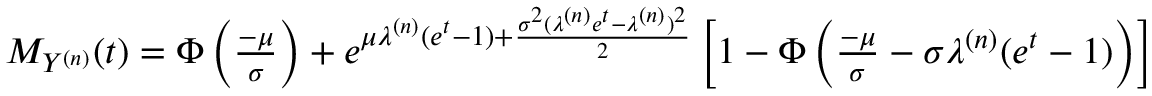
\begin{array} { r } { M _ { Y ^ { ( n ) } } ( t ) = \Phi \left( \frac { - \mu } { \sigma } \right) + e ^ { \mu \lambda ^ { ( n ) } ( e ^ { t } - 1 ) + \frac { \sigma ^ { 2 } ( \lambda ^ { ( n ) } e ^ { t } - \lambda ^ { ( n ) } ) ^ { 2 } } { 2 } } \left[ 1 - \Phi \left( \frac { - \mu } { \sigma } - \sigma \lambda ^ { ( n ) } ( e ^ { t } - 1 ) \right) \right] } \end{array}